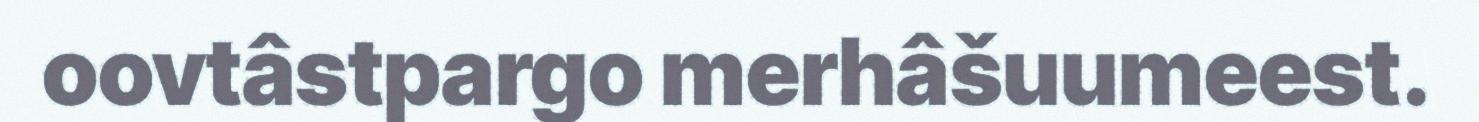
oovtâstpargo merhâšuumeest.